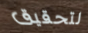
لتحقيق